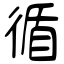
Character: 循